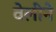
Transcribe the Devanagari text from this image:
वेलीने